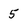
Character: 5